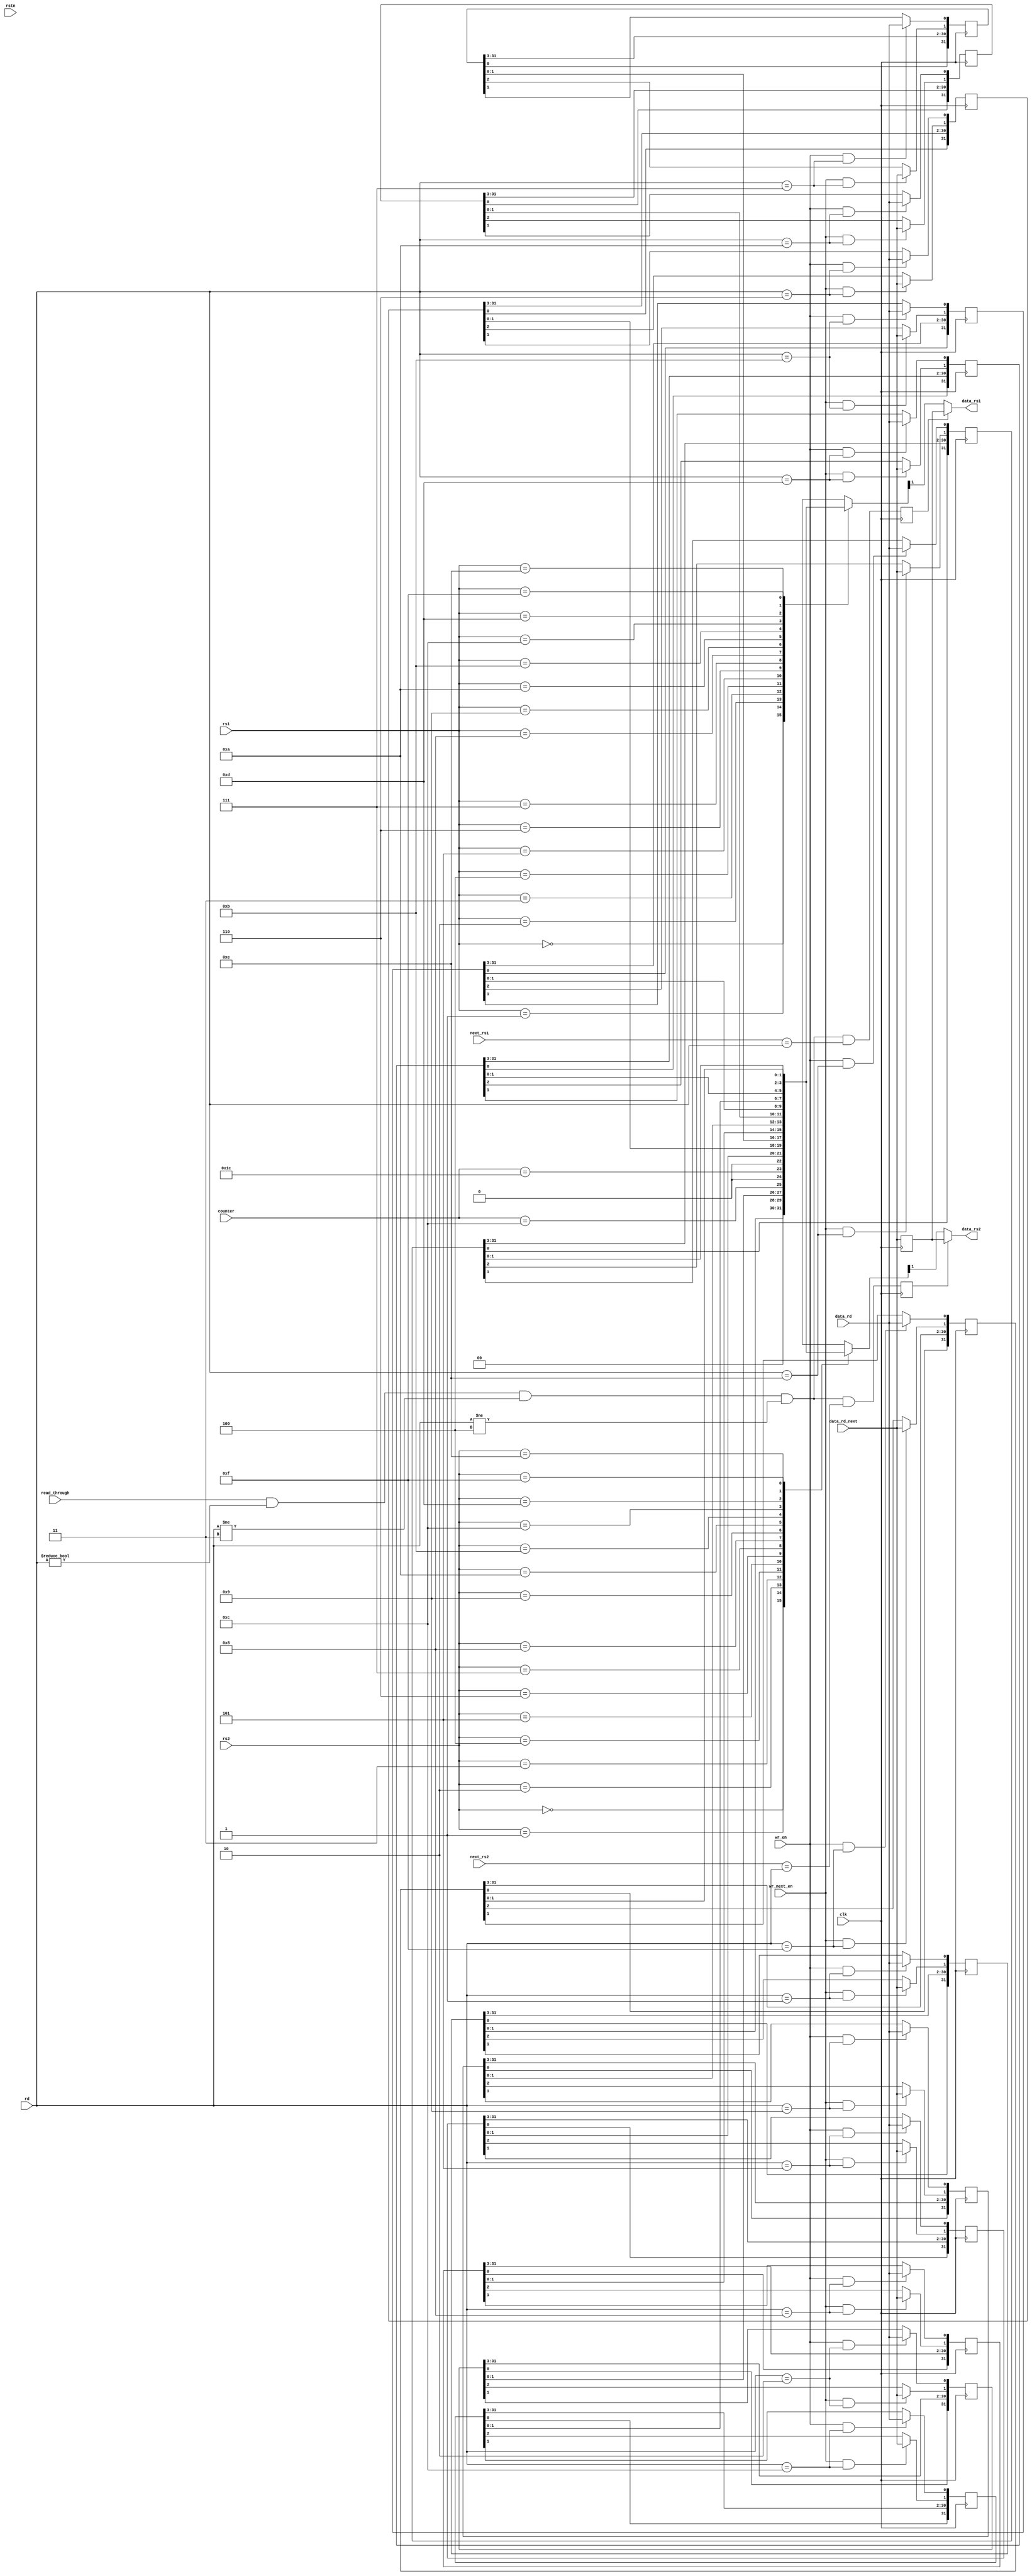
/* Register file for nanoV.

    Targetting RV32E, so 15 registers + x0 is always zero.

    Idea for reducing register count for Tiny Tapeout: Omit r3-r7 as they seem relatively rarely used.

    1-bit access and the registers are normally shifted every clock.

    Normally read bit address is one ahead of write bit address, and both increment every clock.

    On pause, the write bit address increments one more time, catching up with the read bit address.
    On unpause, the write bit address is not incremented on the first clock.
 */

module nanoV_registers #(parameter NUM_REGS=16, parameter REG_ADDR_BITS=4) (
    input clk,
    input rstn,

    input wr_en,  // Whether to write to rd.
    input wr_next_en,
    input read_through,

    input [4:0] counter,

    input [REG_ADDR_BITS-1:0] next_rs1,
    input [REG_ADDR_BITS-1:0] next_rs2,

    input [REG_ADDR_BITS-1:0] rs1,
    input [REG_ADDR_BITS-1:0] rs2,
    input [REG_ADDR_BITS-1:0] rd,

    output data_rs1,
    output data_rs2,
    input data_rd,
    input data_rd_next
);

    reg last_data_rd_next;
    reg read_through_rs1, read_through_rs2;
    wire may_read_through = read_through && rd != 0 && rd != 3 && rd != 4;
    wire read_through_rs1_next = may_read_through && (next_rs1 == rd);
    wire read_through_rs2_next = may_read_through && (next_rs2 == rd);
    always @(posedge clk) begin
        last_data_rd_next <= data_rd_next;
        read_through_rs1 <= read_through_rs1_next;
        read_through_rs2 <= read_through_rs2_next;
    end

`ifdef ICE40_OFF
    reg [4:0] read_addr;
    reg [4:0] write_addr;

    always @(posedge clk) begin
        if (!rstn) begin
            read_addr <= 1;
            write_addr <= 0;
        end else begin
            read_addr <= (read_addr == 5'b11110) ? 0 : read_addr + 1;
            write_addr <= (write_addr == 5'b11110) ? 0 : write_addr + 1;
        end
    end

    wire [15:0] read_data;
    reg [15:1] reg_write_data;
    wire [15:0] reg_read_data = {reg_write_data, 1'b0};
    wire [15:0] write_data;
    SB_RAM40_4K registers (
        .RDATA(read_data),
        .RADDR({6'b0,read_addr}),
        .WADDR({6'b0,write_addr}),
        .MASK(16'h0001),
        .WDATA(write_data),
        .RCLKE(1'b1),
        .RCLK(clk),
        .RE(1'b1),
        .WCLKE(1'b1),
        .WCLK(clk),
        .WE(1'b1)
    );

    defparam registers.READ_MODE=0;
    defparam registers.WRITE_MODE=0;
    defparam registers.INIT_0=256'b0;

    reg data_rs1_reg, data_rs2_reg;
    always @(posedge clk) begin
        data_rs1_reg <= read_data[next_rs1];
        data_rs2_reg <= read_data[next_rs2];
    end
    assign data_rs1 = read_through_rs1 ? last_data_rd_next : data_rs1_reg;
    assign data_rs2 = read_through_rs2 ? last_data_rd_next : data_rs2_reg;

    genvar i;
    generate
        for (i = 1; i < 16; i = i + 1) begin
            always @(posedge clk) begin
                if (wr_next_en && rd == i)
                    reg_write_data[i] <= data_rd_next;
                else
                    reg_write_data[i] <= read_data[i];
            end

            assign write_data[i] = (wr_en && rd == i) ? data_rd : reg_write_data[i];
        end
    endgenerate

    assign write_data[0] = 1'b0;
`else

    reg [31:0] registers [1:NUM_REGS-1];
    wire [31:0] reg_access [0:2**REG_ADDR_BITS-1];

    genvar i;
    generate
        for (i = 0; i < 2**REG_ADDR_BITS; i = i + 1) begin
            if (i == 0 || i >= NUM_REGS) begin
                assign reg_access[i] = 0;
            end else if (i == 3) begin // gp is hardcoded to 0x00001000
                assign reg_access[i] = {30'b0, (counter == 12), 1'b0};
            end else if (i == 4) begin // tp is hardcoded to 0x10000000
                assign reg_access[i] = {30'b0, (counter == 28), 1'b0};
            end else begin
                always @(posedge clk) begin
                    if (wr_en && rd == i)
                        registers[i][0] <= data_rd;
                    else
                        registers[i][0] <= registers[i][1];
                    
                    if (wr_next_en && rd == i)
                        registers[i][1] <= data_rd_next;
                    else
                        registers[i][1] <= registers[i][2];
                    
                    registers[i][31:2] <= {registers[i][0], registers[i][31:3]};
                end

                assign reg_access[i] = registers[i];
            end
        end
    endgenerate 

    assign data_rs1 = read_through_rs1 ? last_data_rd_next : reg_access[rs1][1];
    assign data_rs2 = read_through_rs2 ? last_data_rd_next : reg_access[rs2][1];
`endif

endmodule